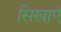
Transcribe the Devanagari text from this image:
सिखाएं